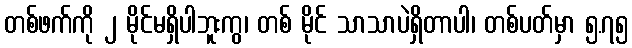
တစ်ဖက်ကို ၂ မိုင်မရှိပါဘူးကွ၊ တစ် မိုင် သာသာပဲရှိတာပါ၊ တစ်ပတ်မှာ ၅.၇၅